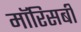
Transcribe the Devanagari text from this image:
मॉरिसबी